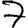
Digit: 7